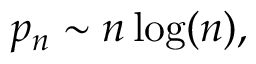
p _ { n } \sim n \log ( n ) ,